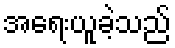
အရေးယူခဲ့သည်